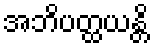
အဘိပတ္ထယန္တိ